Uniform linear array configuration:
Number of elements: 32
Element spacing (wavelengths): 1
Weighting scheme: hamming
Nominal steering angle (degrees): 60
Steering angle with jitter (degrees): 59.946
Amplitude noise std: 0.05
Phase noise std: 0.05

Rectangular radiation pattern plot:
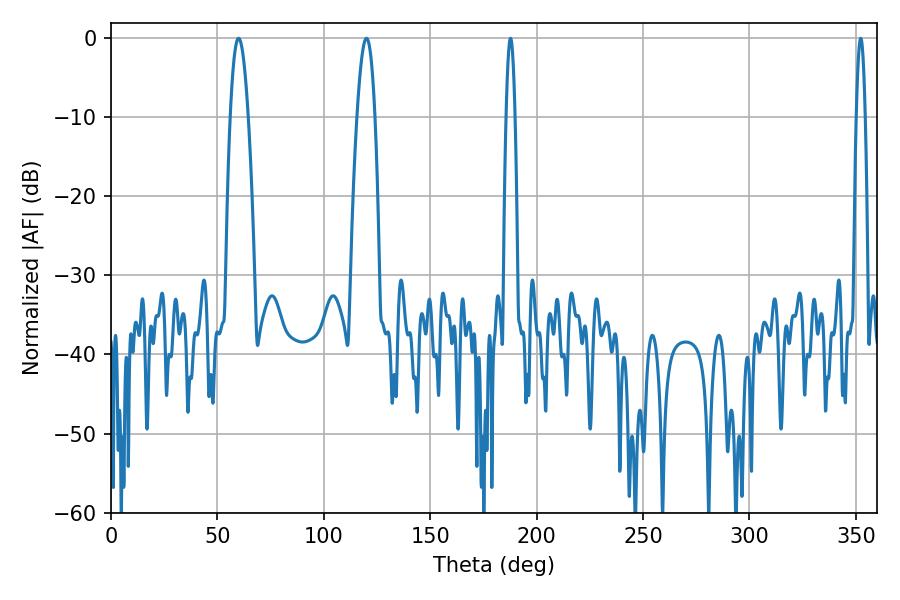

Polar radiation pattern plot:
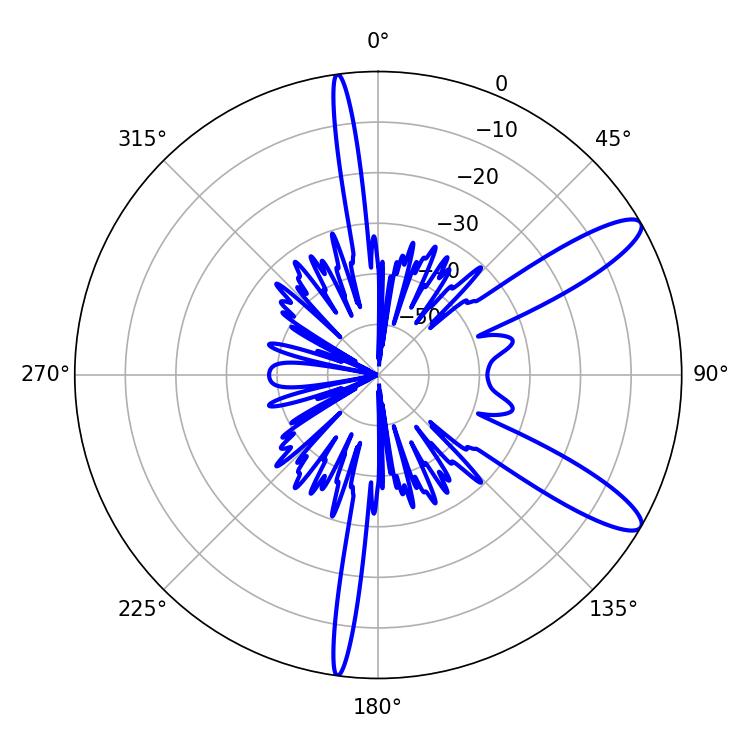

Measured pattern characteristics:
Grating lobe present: TRUE
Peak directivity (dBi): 11.532
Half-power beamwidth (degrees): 4.5
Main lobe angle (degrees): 59.94